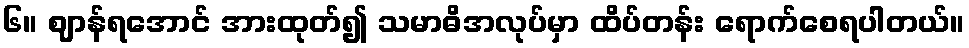
၆။ ဈာန်ရအောင် အားထုတ်၍ သမာဓိအလုပ်မှာ ထိပ်တန်း ရောက်စေရပါတယ်။